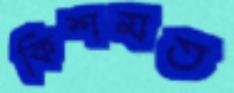
কিশমত